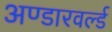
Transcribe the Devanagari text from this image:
अण्डारवर्ल्ड